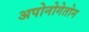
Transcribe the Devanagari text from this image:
अपोनोगेतोन